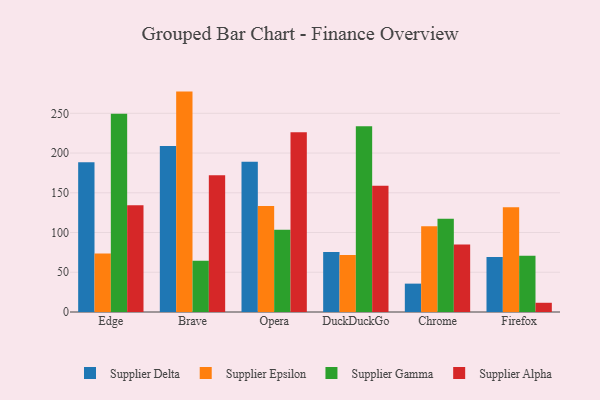
{"axis": {"x": "Browser", "y": "Waste Production (Tons)"}, "legend": ["Supplier Alpha", "Supplier Delta", "Supplier Epsilon", "Supplier Gamma"], "data": [{"x": "Edge", "y": 188.5, "type": "Supplier Delta"}, {"x": "Edge", "y": 73.7, "type": "Supplier Epsilon"}, {"x": "Edge", "y": 249.5, "type": "Supplier Gamma"}, {"x": "Edge", "y": 134.4, "type": "Supplier Alpha"}, {"x": "Brave", "y": 208.9, "type": "Supplier Delta"}, {"x": "Brave", "y": 277.3, "type": "Supplier Epsilon"}, {"x": "Brave", "y": 64.4, "type": "Supplier Gamma"}, {"x": "Brave", "y": 171.9, "type": "Supplier Alpha"}, {"x": "Opera", "y": 189.1, "type": "Supplier Delta"}, {"x": "Opera", "y": 133.3, "type": "Supplier Epsilon"}, {"x": "Opera", "y": 103.5, "type": "Supplier Gamma"}, {"x": "Opera", "y": 226.2, "type": "Supplier Alpha"}, {"x": "DuckDuckGo", "y": 75.6, "type": "Supplier Delta"}, {"x": "DuckDuckGo", "y": 71.6, "type": "Supplier Epsilon"}, {"x": "DuckDuckGo", "y": 233.7, "type": "Supplier Gamma"}, {"x": "DuckDuckGo", "y": 158.7, "type": "Supplier Alpha"}, {"x": "Chrome", "y": 35.7, "type": "Supplier Delta"}, {"x": "Chrome", "y": 107.8, "type": "Supplier Epsilon"}, {"x": "Chrome", "y": 117.4, "type": "Supplier Gamma"}, {"x": "Chrome", "y": 85.0, "type": "Supplier Alpha"}, {"x": "Firefox", "y": 69.3, "type": "Supplier Delta"}, {"x": "Firefox", "y": 131.8, "type": "Supplier Epsilon"}, {"x": "Firefox", "y": 70.7, "type": "Supplier Gamma"}, {"x": "Firefox", "y": 11.6, "type": "Supplier Alpha"}]}